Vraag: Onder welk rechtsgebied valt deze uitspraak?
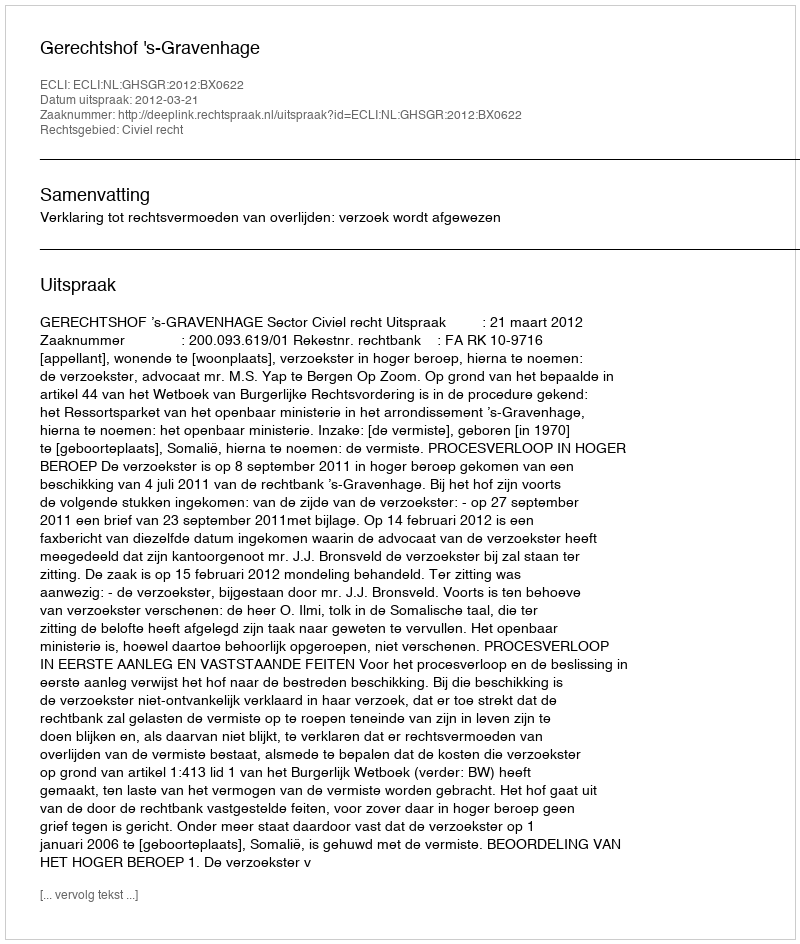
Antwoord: Civiel recht